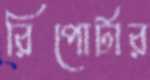
রিপোর্টার